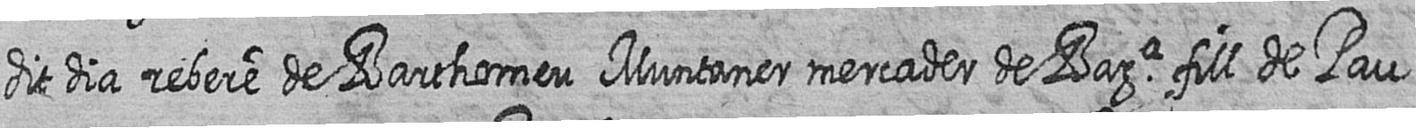
dit dia rebere de Barthomeu Muntaner mercader de Bara fill de Pau